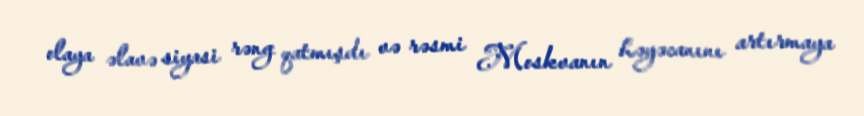
olaya əlavə siyasi rəng qatmışdı və rəsmi Moskvanın həyəcanını artırmaya